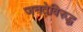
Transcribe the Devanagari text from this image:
जनतेविरुद्ध